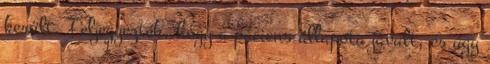
került. Feljegyezték, hogy a páciens állapota javult, és úgy